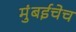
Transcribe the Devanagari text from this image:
मुंबईचेच